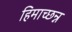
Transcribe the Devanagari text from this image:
हिमाच्छन्न